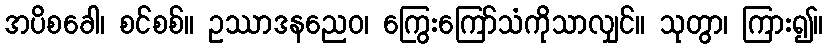
အပိစခေါ၊ စင်စစ်။ ဥဿာဒနညေဝ၊ ကြွေးကြော်သံကိုသာလျှင်။ သုတွာ၊ ကြား၍။